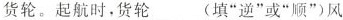
货轮。起航时，货轮___(填”逆”或”顺”)风